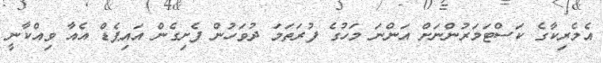
އެމެރިކާގެ ކަސްޓަމަރުންނަށް އަންނަ މަހުގެ ފުރަތަމަ ދުވަހުން ފެށިގެން އައިޕެޑް އެއާ ވިއްކާނީ